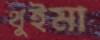
থুইমা